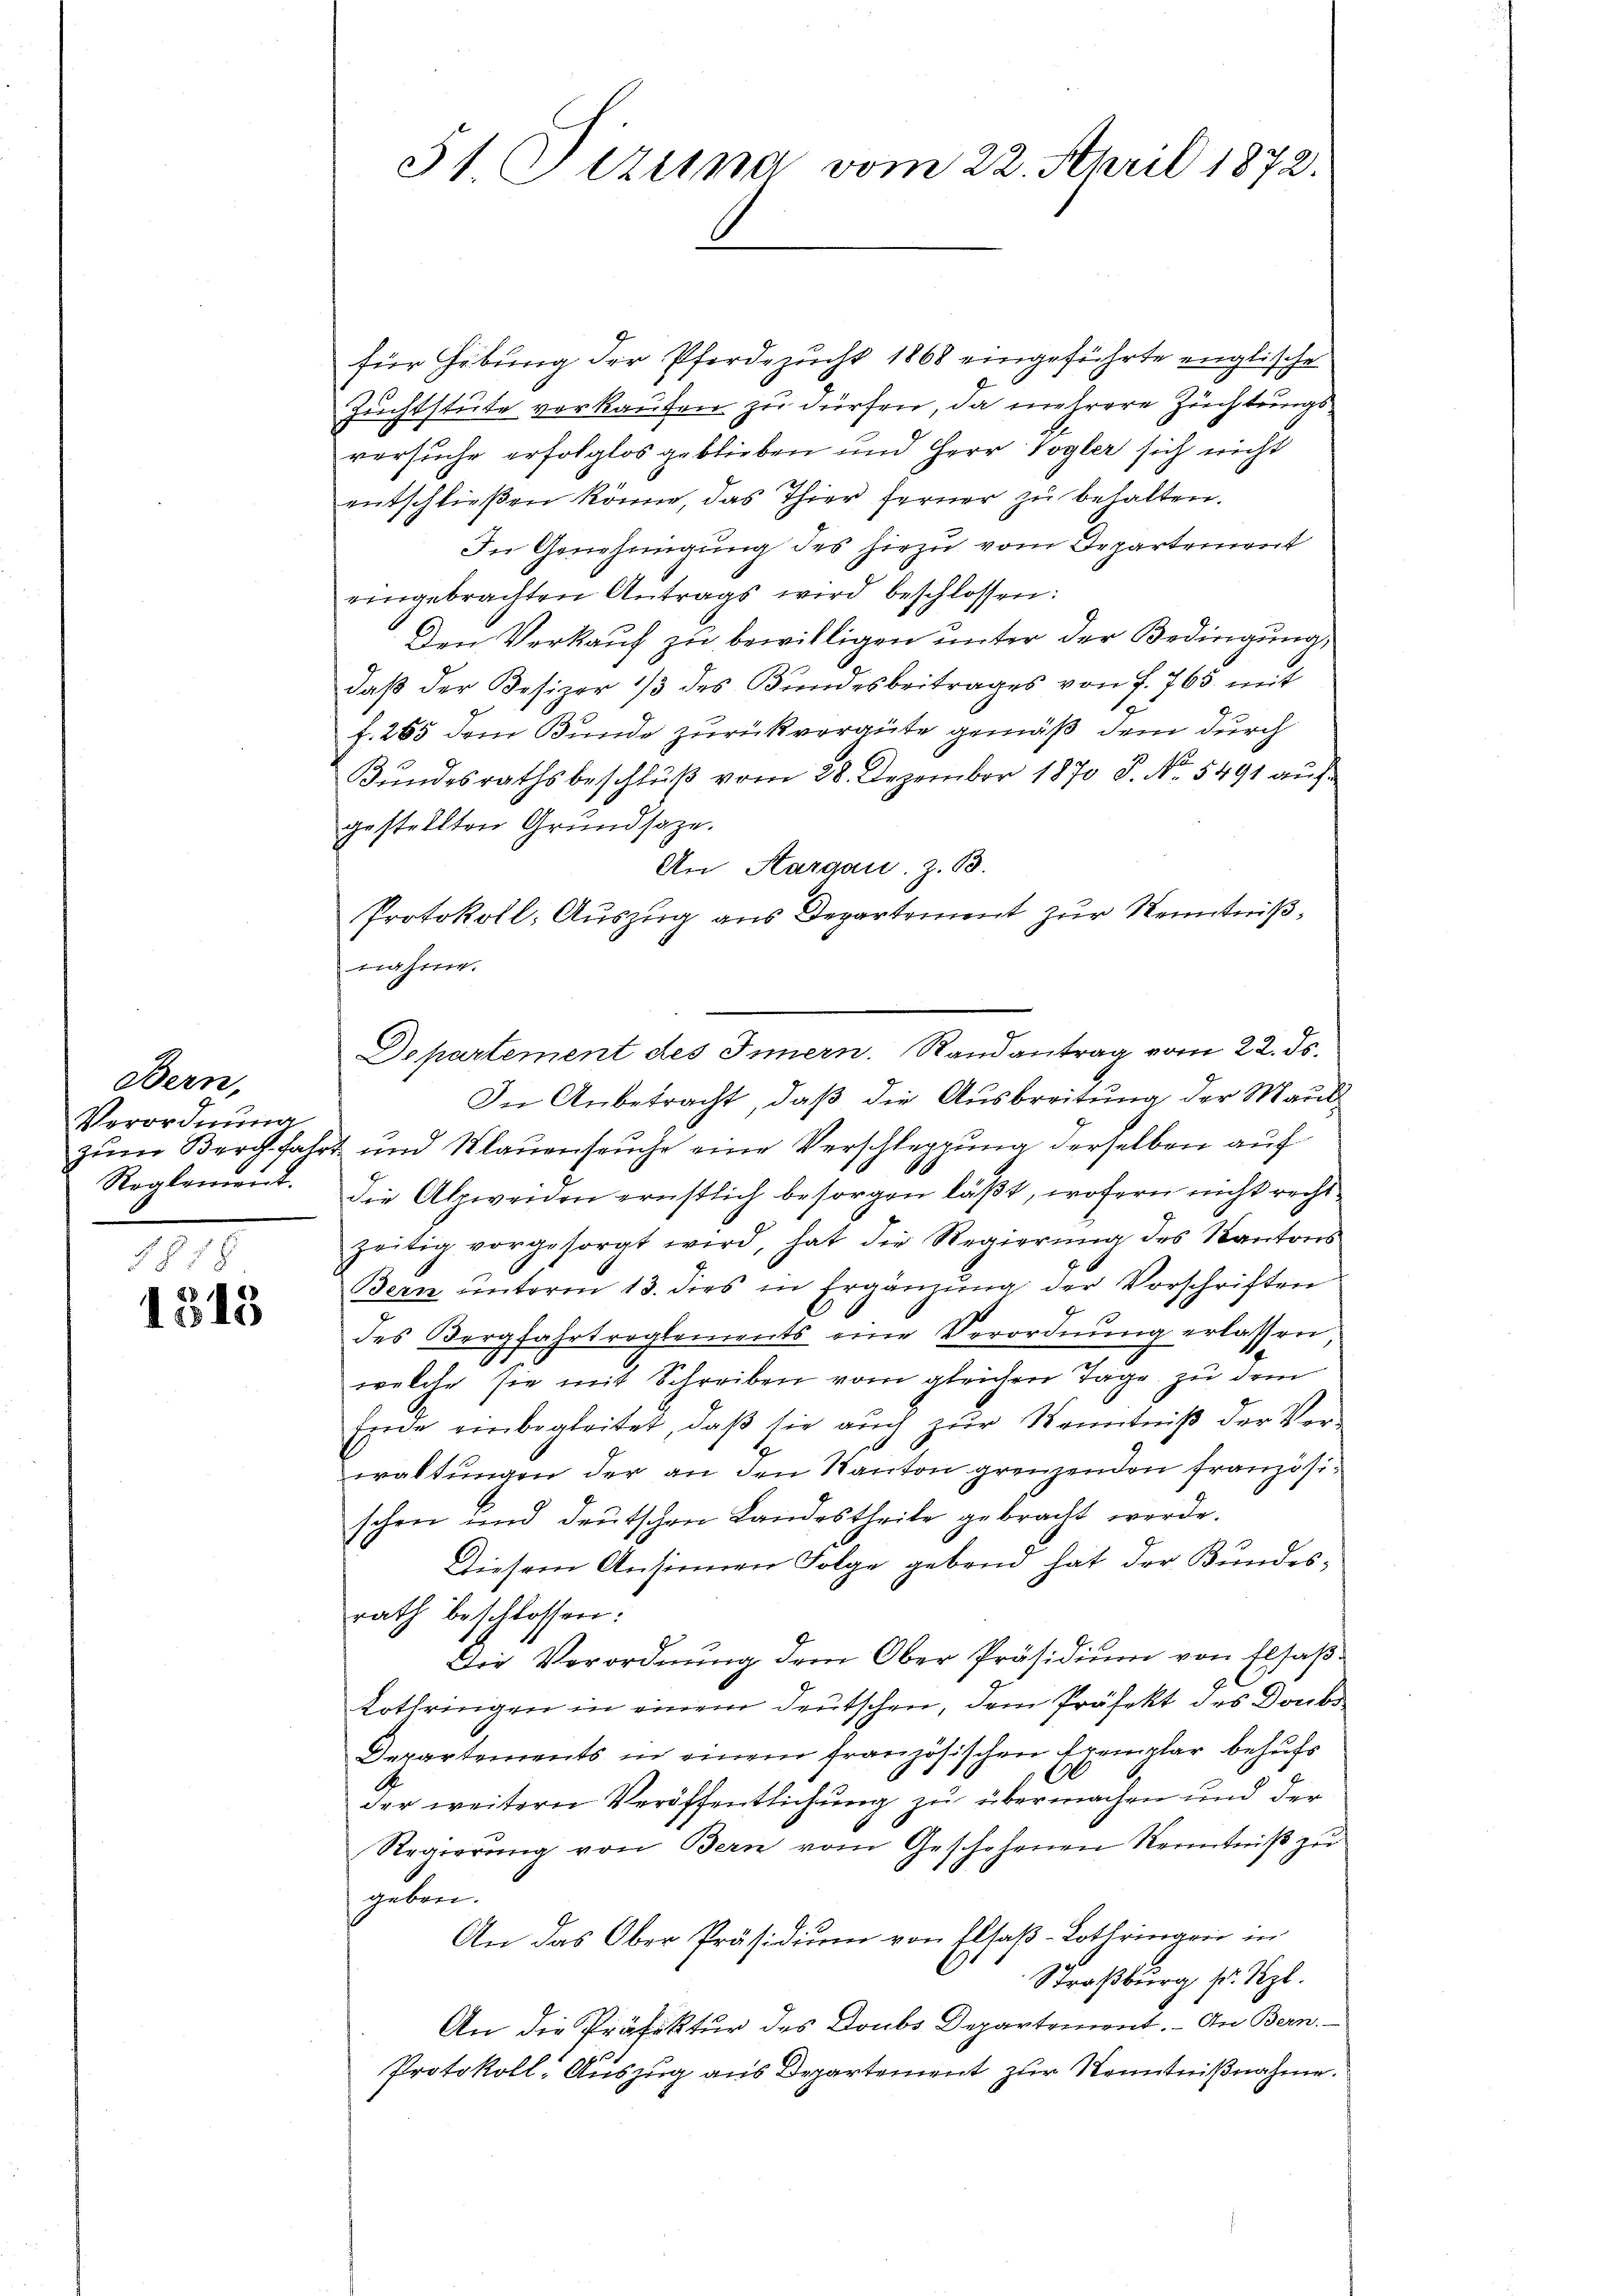
Bern,
Verordnung
Reglement.

1878
1315

51 Gezima vom 22. April 1872.

für Hebung der Pferdezucht 1868 eingeführte englische
Zuchtstute vorkaufen zu dürfen, da mehrere Zuchtungsversuche erfolglos geblieben und Herr Vogler sich nicht
entschließen könne, das Thier ferner zu behalten.
In Genehmigung des hiezu vom Departement
eingebrachten Antrags wird beschlossen:
Den Verkauf zu bewilligen unter der Bedingung,
daß der Besizer 1/3 des Bundesbeitrages von f. 765 mit
f. 265 dem Bunde zurückvergüte gemäß dem durch
Bŭndesrathsbeschlŭβ vom 28. Dezember 1870 P. Nr. 5491 auf
gestellten Grundsaze.
An Aargau. z. B.
Protokoll: Auszug aus Departement zur Kenntnißnähme.
Departement des Innern. Randantrag vom 22. ds.
In Anbetracht, daß die Ausbreitung der Maulzum Bergfahrt und Klauenseuche eine Verschleppung derselben auf
die Abzweiden ernstlich besorgen läßt, wofern nicht recht
zeitig vorgesorgt wird, hat die Regierŭng des Kantons
Bern unterm 13. dies in Ergänzung der Vorschriften
des Bergfahrtreglements eine Verordnŭng erlassen,
welche sie mit Schreiben vom gleichen Tage zu dem
Ende einbegleitet, daβ sie aŭch zŭr Kenntniβ der Ver-
waltungen der an den Kanton grenzenden französischen und deutschen Landestheile gebracht werde.
Diesem Ansinnen Folge gebend hat der Bundes-
rath beschlossen:
Die Verordnŭng dem Ober-Präsidiŭm von Elsaβ-
Lothringen in einem deutschen, dem Präfekt des Doubs
Departements in einem französischen Exemplar behufs
der weitern Veröffentlichung zu übermachen und der
Regierŭng von Bern vom Geschehenen Kenntniβ zŭ
geben.
An das Ober-Präsidium von Elsaß-Lothringen in
C
Straßburg sr. Sept.
An die Präfektur des Doubs Departement. – An Bern.
Protokoll-Auszug aus Departement zur Kenntnißnahme.